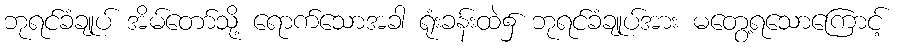
ဘုရင်ခံချုပ် အိမ်တော်သို့ ရောက်သောအခါ ရုံးခန်းထဲ၌ ဘုရင်ခံချုပ်အား မတွေ့ရသောကြောင့်